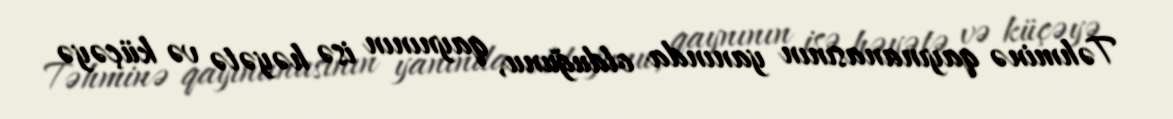
Təhminə qayınanasının yanında olduğunu, qaynının isə həyətə və küçəyə